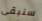
سنبقى